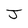
Character: J